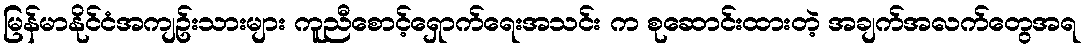
မြန်မာနိုင်ငံအကျဥ်းသားများ ကူညီစောင့်ရှောက်ရေးအသင်း က စုဆောင်းထားတဲ့ အချက်အလက်တွေအရ